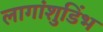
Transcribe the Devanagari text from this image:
लागांशुडिंभ